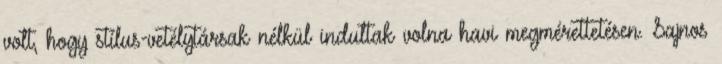
volt, hogy stílus-vetélytársak nélkül indultak volna havi megmérettetésen. Sajnos